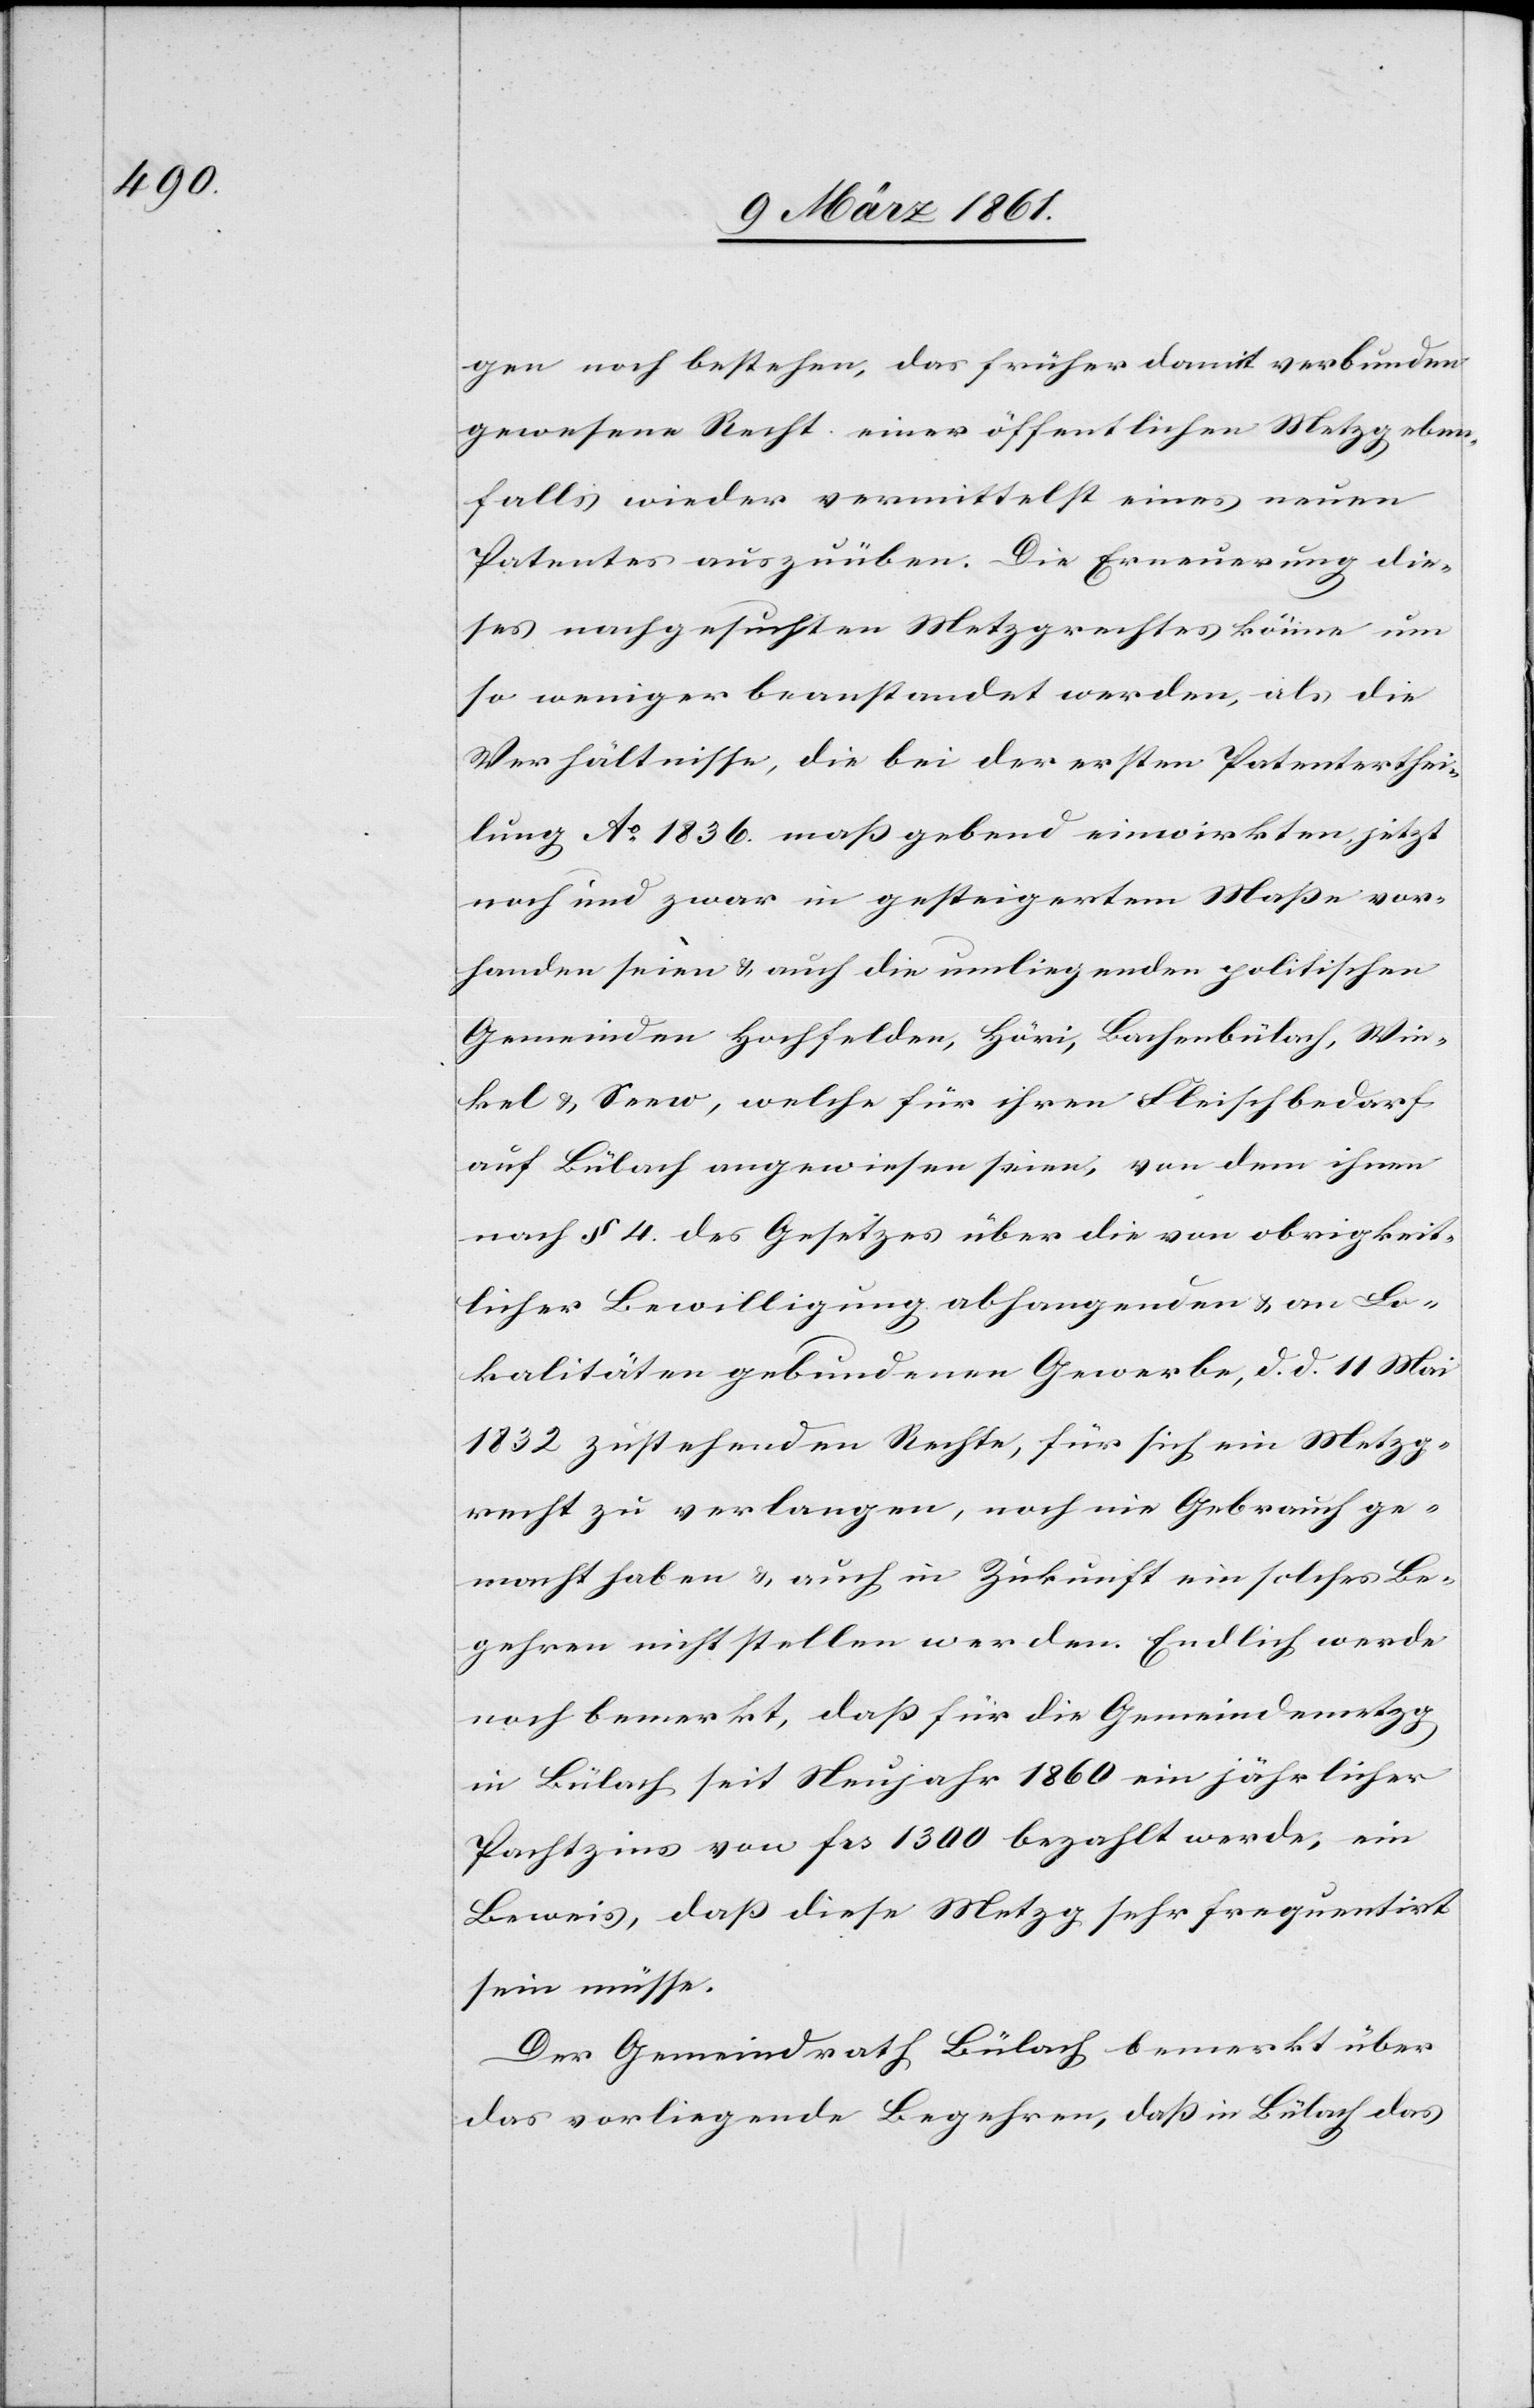
gen noch bestehen, das früher damit verbunden
gewesene Recht einer öffentlichen Metzg eben¬
falls wieder vermittelst eines neuen
Patentes auszuüben. Die Erneuerung die¬
ses nachgesuchten Metzgrechtes könne um
so weniger beanstandet werden, als die
Verhältnisse, die bei der ersten Patenterthei¬
lung Ao 1836 massgebend einwirkten, jetzt
noch und zwar in gesteigertem Masse vor¬
handen seien u. auch die umliegenden politischen
Gemeinden Hochfelden, Höri, Bachenbülach, Win¬
kel u. Seew, welche für ihren Fleischbedarf
auf Bülach angewiesen seien, von dem ihnen
nach § 4. des Gesetzes über die von obrigkeit¬
licher Bewilligung abhangenden u. an Lo¬
kalitäten gebundenen Gewerbe, d. d. 11. Mai
1832 zustehenden Rechte, für sich ein Metzg¬
recht zu verlangen, noch nie Gebrauch ge¬
macht haben, u. auch in Zukunft ein solches Be¬
gehren nicht stellen werden. Endlich werde
noch bemerkt, dass für die Gemeindemetzg
in Bülach seit Neujahr 1860 ein jährlicher
Pachtzins von frs. 1300 bezahlt werde, ein
Beweis, dass diese Metzg sehr frequentirt
sein müsse.
Der Gemeindrath Bülach bemerkt über
das vorliegende Begehren, dass in Bülach das